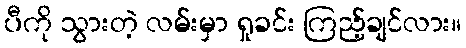
ပီကို သွားတဲ့ လမ်းမှာ ရှုခင်း ကြည့်ချင်လား။